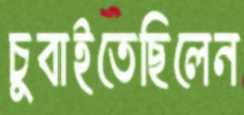
চুবাইতেছিলেন